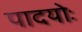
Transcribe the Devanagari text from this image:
पादयोः